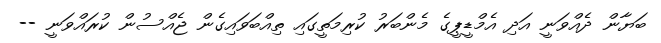
ބަޔާން ދެއްވަނީ އަދި އެމްޑީޕީގެ މެންބަރު ކުރިމަތީގައި ތިއްބަވައިގެން ޖެއްސުން ކުރައްވަނީ --